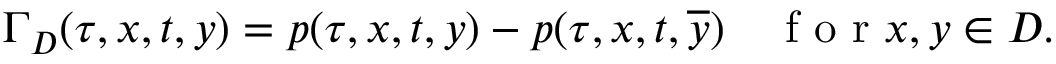
\Gamma _ { D } ( \tau , x , t , y ) = p ( \tau , x , t , y ) - p ( \tau , x , t , \overline { { y } } ) \quad \textrm { f o r } x , y \in D .